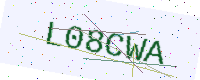
Text: L08CWA